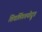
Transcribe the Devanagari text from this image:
शिवलिंगतयोद्रूत